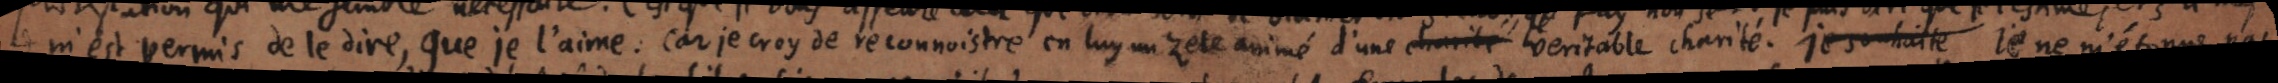
m’est permis de le dire, que je l’aime. Car je croy de reconnoistre en luy un zele animé d’une charité veritable charité. je souhaite Je ne m’étonne pas